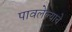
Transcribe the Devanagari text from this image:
पावलेल्याचे